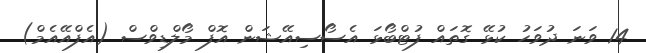
14 ވަނަ ދުވަހު ކުޅޭ ގޮތައް ފުޓްބޯޅަ އެސޯސިއޭޝަން އޮފް މޯލްޑިވްސް (އެފްއޭއެމް)